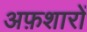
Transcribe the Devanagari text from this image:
अफ़शारों